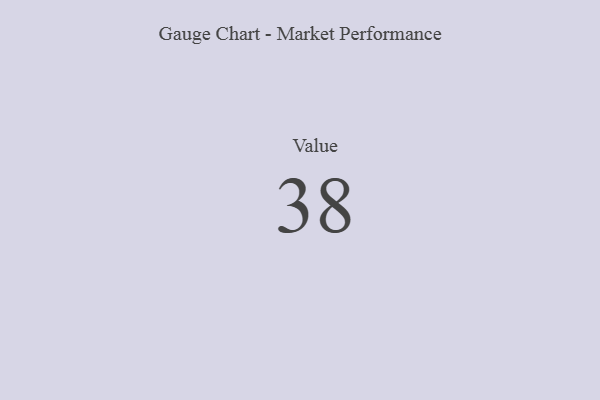
{"axis": {"x": "Metric", "y": "Value"}, "legend": [""], "data": [{"x": "Value", "y": 38, "type": ""}]}